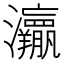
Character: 𱪜